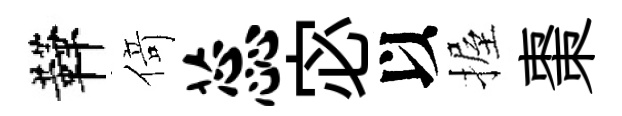
鞾𠋣蕊宓以握棗